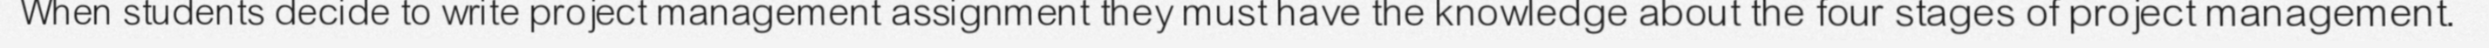
When students decide to write project management assignment they must have the knowledge about the four stages of project management.